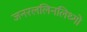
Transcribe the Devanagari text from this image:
जनरललिनलिथ्गो